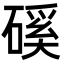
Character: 磎